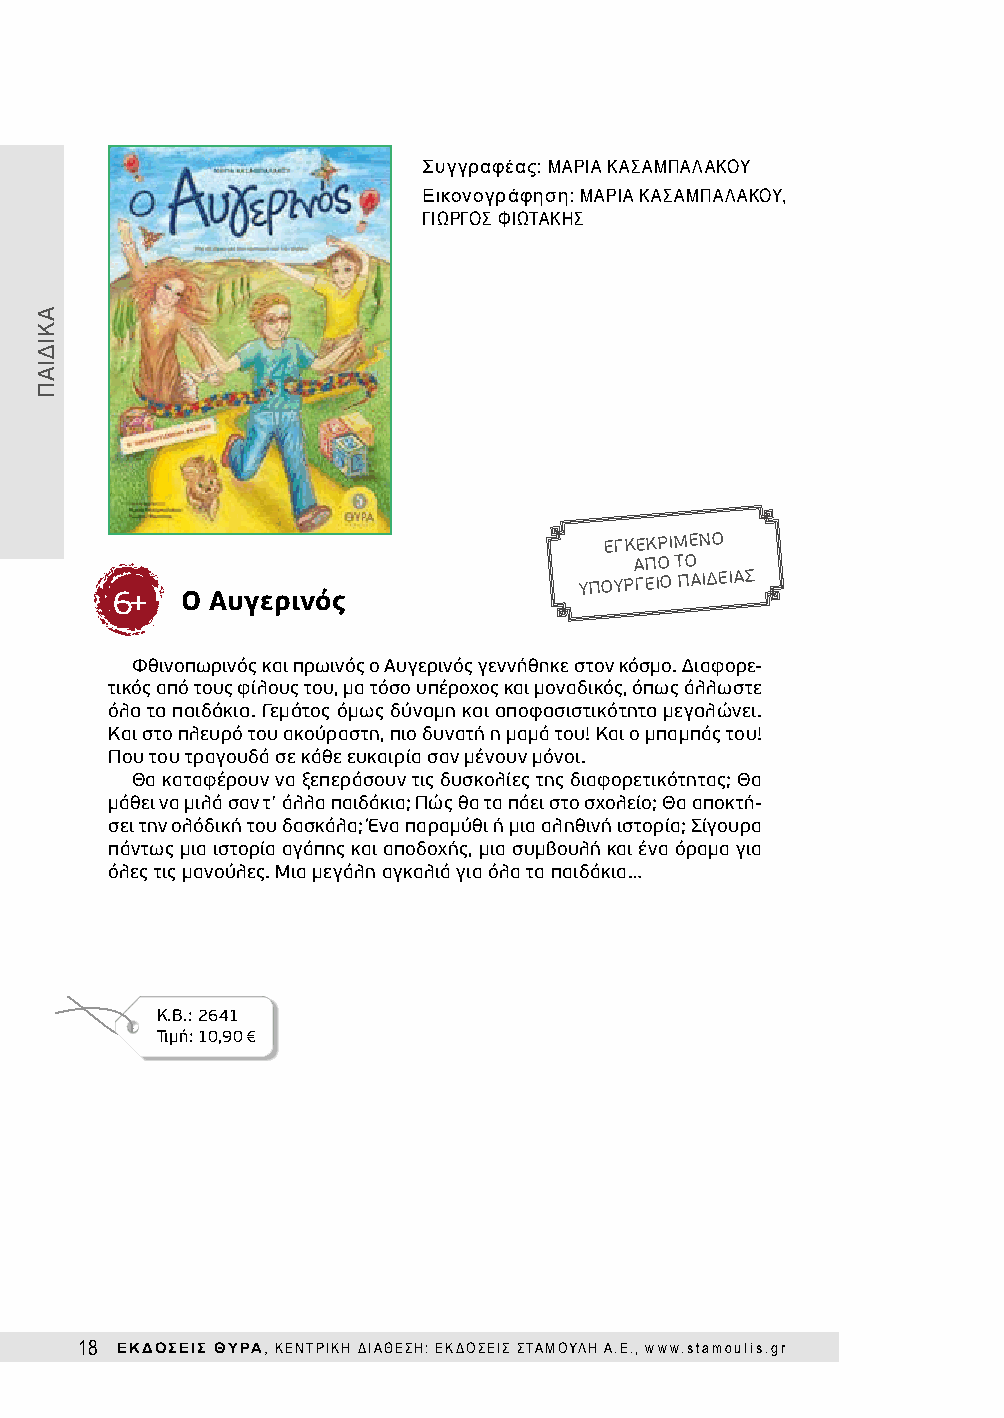
Συγγραφέας: ΜΑΡΙΑ ΚΑΣΑΜΠΑΛΑΚΟΥ
 Εικονογράφηση: ΜΑΡΙΑ ΚΑΣΑΜΠΑΛΑΚΟΥ,
 ΓΙΩΡΓΟΣ ΦΙΩΤΑΚΗΣ
 ΕΓΚΕΚΡΙΜΕΝΟ
 ΑΠΟ ΤΟ
 ΥΠΟΥΡΓΕΙΟ
 ΠΑΙΔΕΙΑΣ
 6+   Ο Αυγερινός
 Φθινοπωρινός και πρωινός ο Αυγερινός γεννήθηκε στον κόσμο. Διαφορε-
 τικός από τους φίλους του, μα τόσο υπέροχος και μοναδικός, όπως άλλωστε
 όλα τα παιδάκια. Γεμάτος όμως δύναμη και αποφασιστικότητα μεγαλώνει.
 Και στο πλευρό του ακούραστη, πιο δυνατή η μαμά του! Και ο μπαμπάς του!
 Που του τραγουδά σε κάθε ευκαιρία σαν μένουν μόνοι.
 Θα καταφέρουν να ξεπεράσουν τις δυσκολίες της διαφορετικότητας; Θα
 μάθει να μιλά σαν τ’ άλλα παιδάκια; Πώς θα τα πάει στο σχολείο; Θα αποκτή-
 σει την ολόδική του δασκάλα; Ένα παραμύθι ή μια αληθινή ιστορία; Σίγουρα
 πάντως μια ιστορία αγάπης και αποδοχής, μια συμβουλή και ένα όραμα για
 όλες τις μανούλες. Μια μεγάλη αγκαλιά για όλα τα παιδάκια…
 Κ.Β.: 2641
 Τιμή: 10,90€
 18 ΕΚΔΟΣΕΙΣ ΘΥΡΑ, ΚΕΝΤΡΙΚΗ ΔΙΑΘΕΣΗ: ΕΚΔΟΣΕΙΣ ΣΤΑΜΟΥΛΗ Α.Ε., www.stamoulis.gr
 ΑΚΙΔΙΑΠ